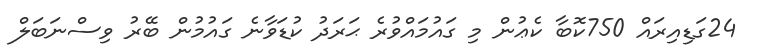
24ގަޑިއިރައް 750ކޮބާ ކެޢުން މި ގައުމައްވުރެ ޙަރަދު ކުޑަވާނެ ގައުމުން ބޭރު ވިސްނަބަލް